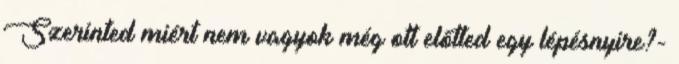
Szerinted miért nem vagyok még ott előtted egy lépésnyire?-